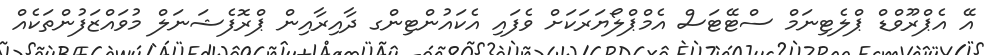
އޭ އެޕްރޫވްޑް ޕްލެޓިނަމް ސްޓޭޓަސް އެމްޕްލޯޔަރަކަށް ވެފައި އެކައުންޓިންގ ދާއިރާއިން ޕްރޮފެޝަނަލް މުވައްޒަފުންތަކެއް